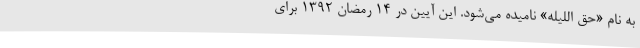
به نام «حق اللیله» نامیده می‌شود. این آیین در ۱۴ رمضان ۱۳۹۲ برای